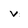
Character: v